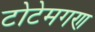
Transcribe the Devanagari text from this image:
टोटेमगण